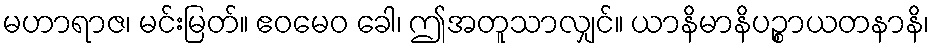
မဟာရာဇ၊ မင်းမြတ်။ ဧဝမေဝ ခေါ၊ ဤအတူသာလျှင်။ ယာနိမာနိပဉ္စာယတနာနိ၊